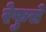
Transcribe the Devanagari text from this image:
रेफुसे